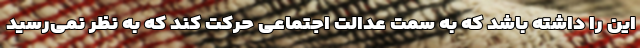
این را داشته باشد که به سمت عدالت اجتماعی حرکت کند که به نظر نمی‌رسید